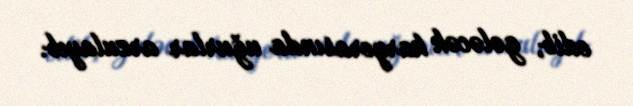
edib, gələcək karyerasında uğurlar arzulayıb.